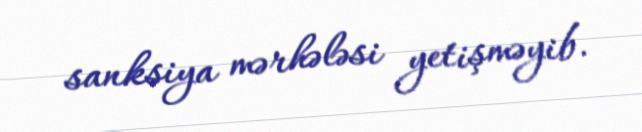
sanksiya mərhələsi yetişməyib.